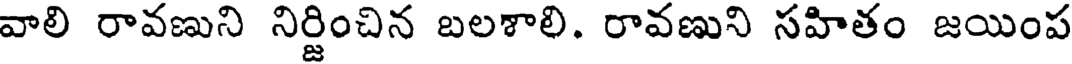
వాలి రావణుని నిర్జించిన బలశాలి. రావణుని సహితం జయింప